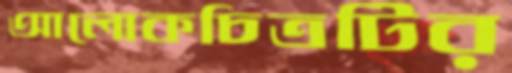
আলোকচিত্রটির